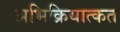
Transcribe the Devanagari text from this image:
अभिक्रियात्कत